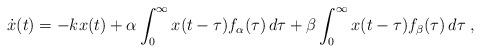
LaTeX: \begin{align*}\dot x(t)= -kx(t)+\alpha\int_0^\infty x(t-\tau)f_\alpha(\tau)\,d\tau +\beta\int_0^\infty x(t-\tau)f_\beta(\tau)\,d\tau\;,\end{align*}